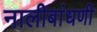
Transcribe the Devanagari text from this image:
नालीबांधणी